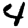
Digit: 4